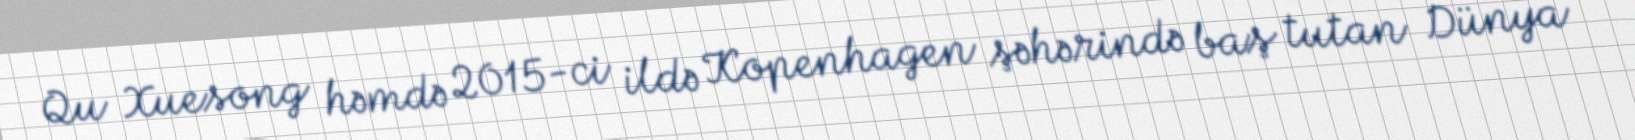
Qu Xuesong həmdə 2015-ci ildə Kopenhagen şəhərində baş tutan Dünya